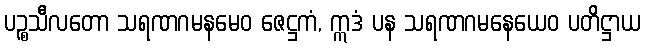
ပဉ္စသီလတော သရဏဂမနမေဝ ဇေဋ္ဌကံ, ဣဒံ ပန သရဏဂမနေယေဝ ပတိဋ္ဌာယ